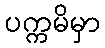
ပက္ကမိမှာ